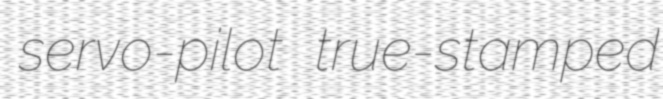
servo-pilot true-stamped